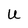
Character: U